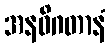
အနဓိဂတာနံ